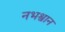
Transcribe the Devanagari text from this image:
नभश्वान